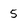
Character: 5